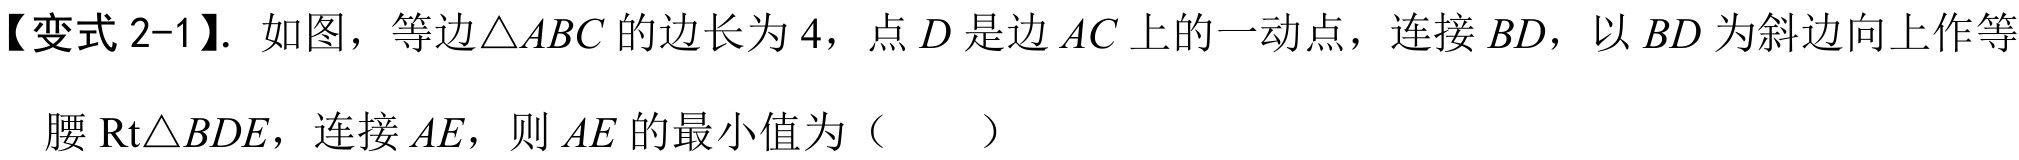
【变式 2-1】. 如图，等边$\triangle ABC$的边长为$4$，点$D$是边$AC$上的一动点，连接$BD$，以$BD$为斜边向上作等
腰$\text{Rt}\triangle BDE$，连接$AE$，则$AE$的最小值为（  ）